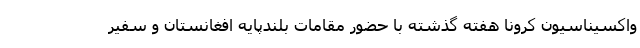
واکسیناسیون کرونا هفته گذشته با حضور مقامات بلندپایه افغانستان و سفیر